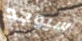
سيوجد